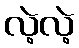
လဲ့လဲ့